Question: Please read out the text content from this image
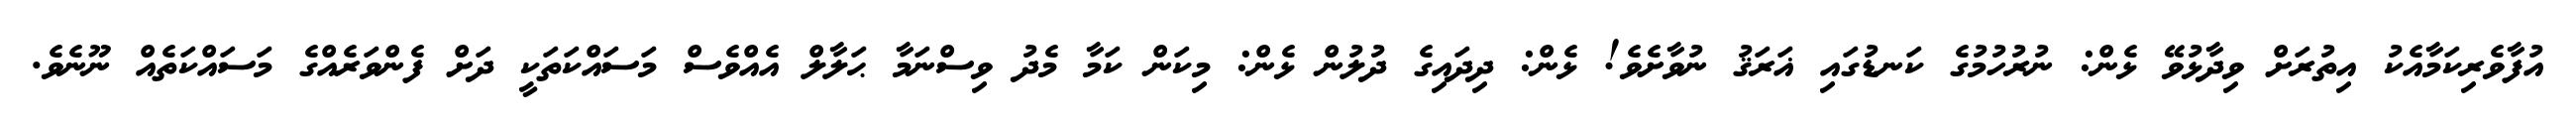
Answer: އުފާވެރިކަމާއެކު އިތުރަށް ވިދާޅުވޭ ޅެން: ނުރުހުމުގެ ކަނޑުގައި ޣަރަޤު ނުވާށެވެ! ޅެން: ދިދައިގެ ދުލުން ޅެން: މިކަން ކަމާ މެދު ވިސްނަމާ ޙަލާލް އެއްވެސް މަސައްކަތަކީ ދަށް ފެންވަރެއްގެ މަސައްކަތެއް ނޫނެވެ.